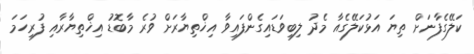
ކަލޭގެފާނަށް ތިޔަ އަޅުކަލޭގެއާ މެދު ލިބިވަޑައިގެންފައިވާ އިޚްތިޔާރަށް ވުރެ މާބޮޑު އިޚްތިޔާރާއި ފުރިހަމަ